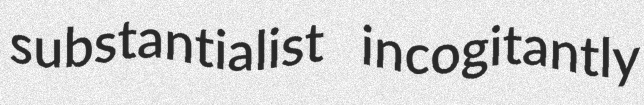
substantialist incogitantly